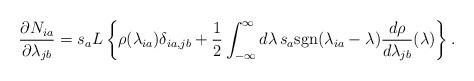
LaTeX: \begin{align*} \frac{\partial N_{ia}}{\partial \lambda_{jb}} = s_aL\left\{\rho(\lambda_{ia})\delta_{ia,jb} + \frac{1}{2} \int_{-\infty}^{\infty}d\lambda\, s_a \mathrm{sgn}(\lambda_{ia}-\lambda)\frac{d \rho}{d \lambda_{jb}}(\lambda) \right\}.\end{align*}